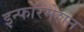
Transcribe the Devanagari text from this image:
इन्फॉरमेशन